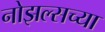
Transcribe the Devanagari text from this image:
नोझल्सच्या